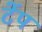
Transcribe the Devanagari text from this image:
टेंप